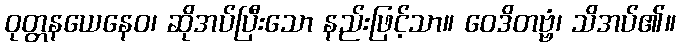
ဝုတ္တနယေနေဝ၊ ဆိုအပ်ပြီးသော နည်းဖြင့်သာ။ ဝေဒိတဗ္ဗံ၊ သိအပ်၏။